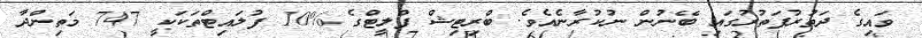
ވައިގެ ދަތުރުފަތުރުގައި ބޭނުން ނުކުރާނެއެވެ. ބްރިޓިޝް ފްލީޓްގެ %10 ފުލައިޓްތަކަކީ 747 މަތިންދާ